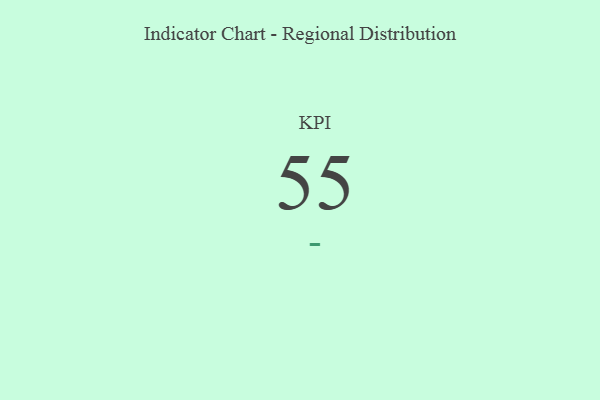
{"axis": {"x": "KPI", "y": "Value"}, "legend": [""], "data": [{"x": "KPI", "y": 55, "type": ""}]}